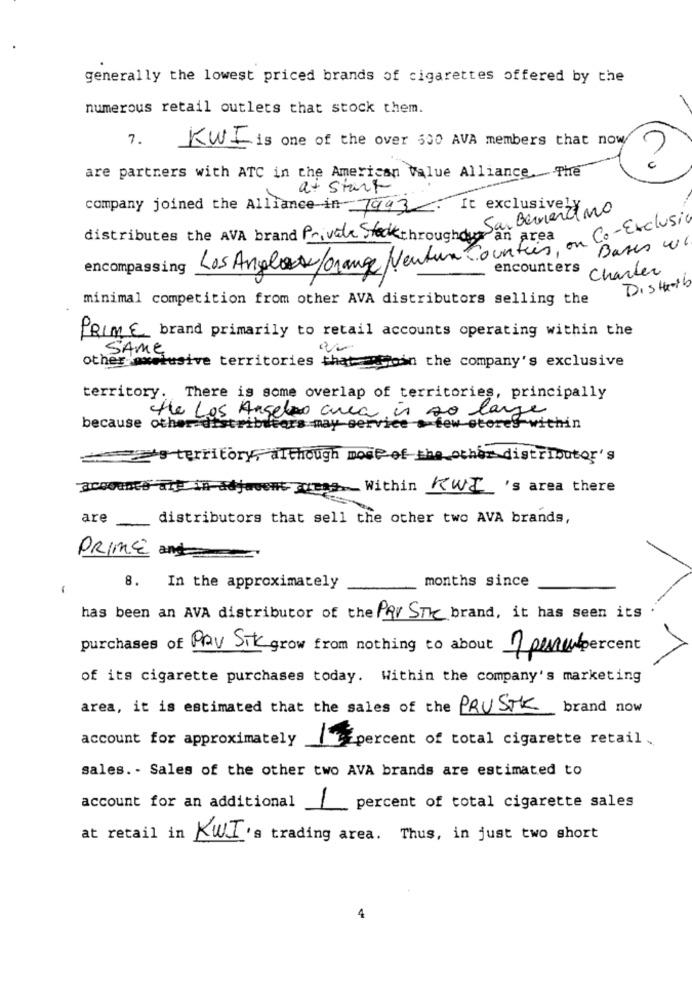
generally the lowest priced brands of cigarettes offered by the
numerous retail outlets that stock them.
7.
KWI is one of the over 500 AVA members that now/
are partners with ATC in the American Value Alliance. The
at start
company joined the Alliance in 7993. It exclusively
San Bernardino
Co-Exclusiv
distributes the AVA brand Private Skthroughduy an area
Bases we
Los Angles/orange Neutun Counties, on
encompassing
encounters
Charter
Disthatb
minimal competition from other AVA distributors selling the
PRIME brand primarily to retail accounts operating within the
SAME
other owelusive territories thattoin the company's exclusive
territory. There is some overlap of territories, principally
the Los Angeles area is so large
because other distributors may-service a few etoreS-within
esterritory, although most of the other distributor's
accounts are in adjacent areas. Within KWI 's area there
are
distributors that sell the other two AVA brands,
PRIME and
months since
-
8. In the approximately
has been an AVA distributor of the Par STK brand, it has seen its
purchases of PAV STK grow from nothing to about 1 pene percent
of its cigarette purchases today. Within the company's marketing
area, it is estimated that the sales of the PRUSTK
brand now
account for approximately percent of total cigarette retail.
sales. - Sales of the other two AVA brands are estimated to
account for an additional 1 percent of total cigarette sales
at retail in
KWI's trading area. Thus, in just two short
-